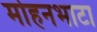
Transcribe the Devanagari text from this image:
मोहनभाटा